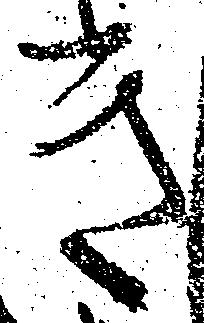
き